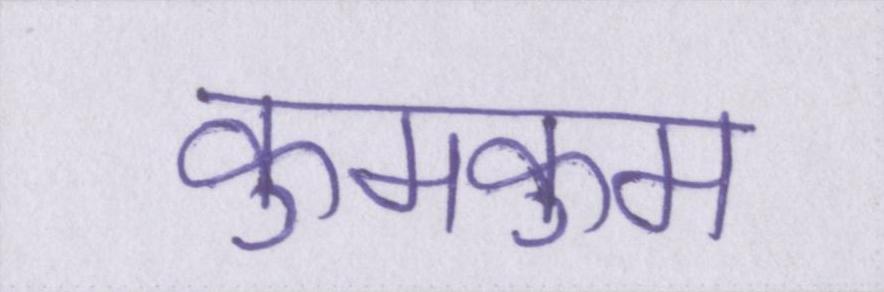
कुमकुम